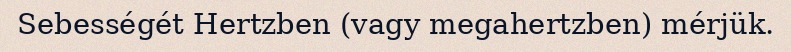
Sebességét Hertzben (vagy megahertzben) mérjük.